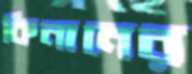
কিনানের